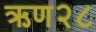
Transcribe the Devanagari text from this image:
ऋण२८